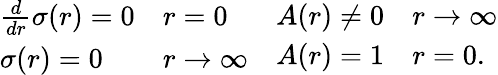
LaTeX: \begin{array}{ll}{{\begin{array}{ll}{{\frac{d}{dr}\sigma(r)=0}}&{{r=0}}\\ {{\sigma(r)=0}}&{{r\rightarrow\infty}}\end{array}}}&{{\begin{array}{ll}{{A(r)\neq 0}}&{{r\rightarrow\infty}}\\ {{A(r)=1}}&{{r=0.}}\end{array}}}\end{array}